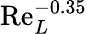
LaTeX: \mathrm{Re}_{L}^{-0.35}